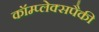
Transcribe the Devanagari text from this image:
कॉम्प्लेक्सपैकी